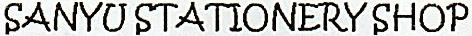
SANYU STATIONERY SHOP